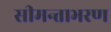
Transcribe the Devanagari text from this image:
सीमन्ताभरण